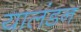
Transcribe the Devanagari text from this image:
यालंडन